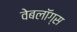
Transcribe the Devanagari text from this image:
वेबलॉग्स